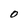
Character: O